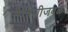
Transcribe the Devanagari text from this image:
मैत्रिणीजवळ